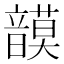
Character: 𩐻